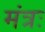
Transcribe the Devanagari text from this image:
मंत्रः